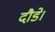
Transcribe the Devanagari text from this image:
दौडे।